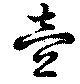
壹